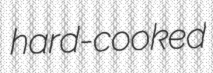
hard-cooked